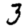
Digit: 3